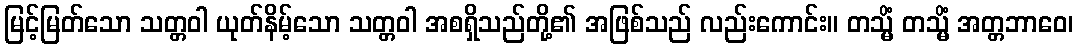
မြင့်မြတ်သော သတ္တဝါ ယုတ်နိမ့်သော သတ္တဝါ အစရှိသည်တို့၏ အဖြစ်သည် လည်းကောင်း။ တသ္မိံ တသ္မိံ အတ္တဘာဝေ၊